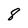
Character: 8